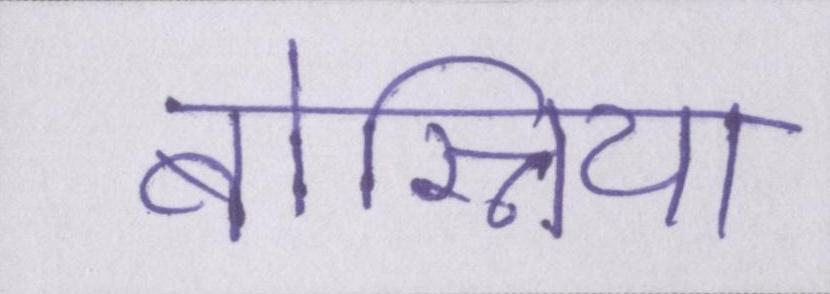
बोस्निया